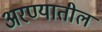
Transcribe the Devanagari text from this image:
अरण्यातील